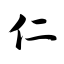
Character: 仁